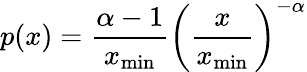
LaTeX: p(x)={\frac{\alpha-1}{x_{\operatorname*{min}}}}\left({\frac{x}{x_{\operatorname*{min}}}}\right)^{-\alpha}